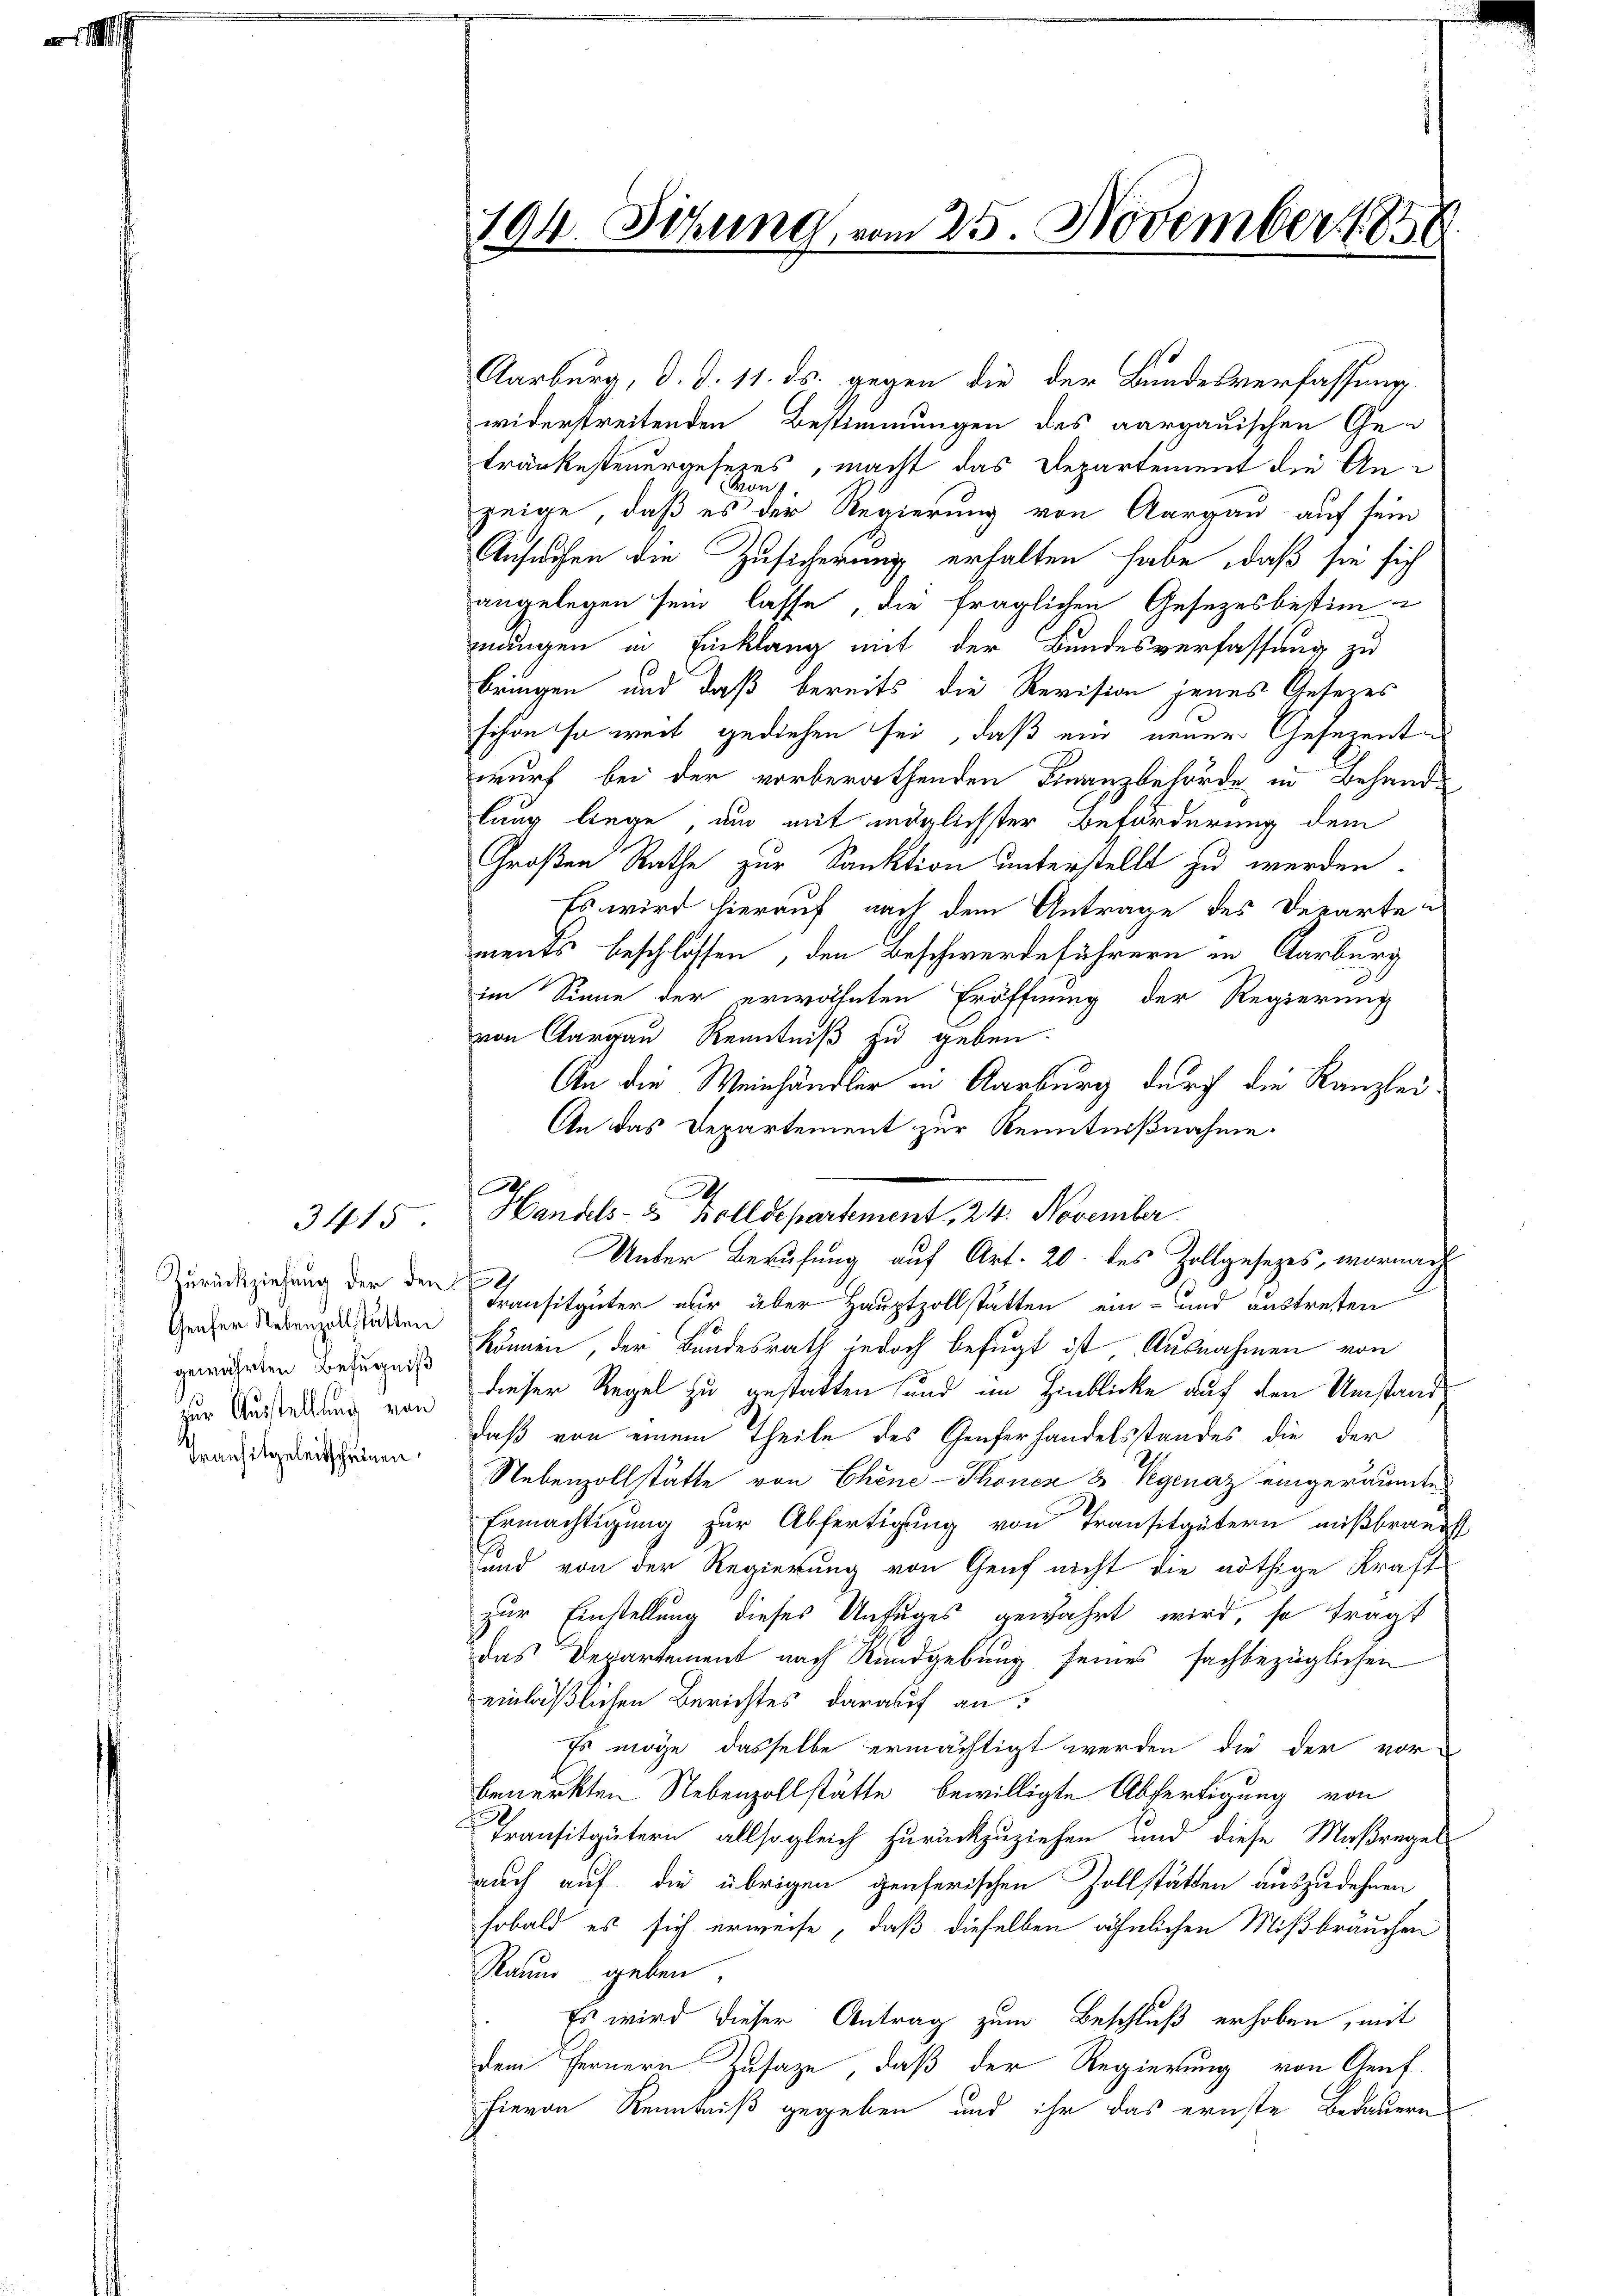
3415.

Zurückziehung der den 19.
Genfer Nebenzollstatten
gewährten Befugniß
zur Ausstellung von
Transitzeleitscheinen,

104. Sitzung, vom 25. November 1858

Aarburg, d. d. 11. ds. gegen die der Bundesverfassung
widerstreitenden Bestimmungen des aargauischen Getränkesteuergeseres, macht das Departement die An¬
Mont
zeige, daß es der Regierung von Aargau auf sein
Ansuchen die Zusicherung erhalten habe, daß sie sich
angelegen sein lasse, die fraglichen Gesetzesbestim-
mungen in Einklang mit der Bundesverfassung zu
bringen und daß bereits die Revision jenes Gesezes
schon so weit gediehen sei, daß ein neuer Gesezenten
wurf bei der vorberathenden Finanzbehörde in Behandlang liege, um mit möglichster Beförderung dem
Großen Rathe zur Sanktion unterstellt zu werden.
Es wird hierauf nach dem Antrage des Departen
ments beschlossen, den Beschwerdeführern in Aarburg
im Sinne der erwähnten Eröffnung der Regierung
von Aargau Kenntniß zu geben.
An die Weinhändler in Aarburg durch die Kanzlei-
An das Departement zur Kenntnißnahme.
Unter Berufung auf Art. 20. des Zollgesetzes, wornach
Transitgüter nur über Hauptzollstatten ein- und austreten
können, der Bundesrath jedoch befugt ist, Ausnahmen von
dieser Regel zu gestatten und im Hinblicke auf den Umstand,
daß von einem Theile des Genferhandelsstandes die der
Nebenzollstätte von Chene-Schönen & Vegenaz eingeräumte
Ermächtigung zur Abfertigung von Transitgütern mißbrandst
und von der Regierung von Genf nicht die nöthige Kraft
zur Einstellung dieses Unfuges gewährt wird, so fragt
das Departement nach Rundgebung seines fachbezüglichen
einläßlichen Berichtes darauf an:
Es möge, dasselbe ermächtigt werden, die der vor-
bemerkten Nebenzollstätte bewilligte Abfertigung von
Transitgütern allsogleich zurückzuziehen und diese Maßregel
auch auf die übrigen genferischen Zollstätten auszudehnen
sobald es sich erweise, daß dieselben ähnlichen Mißbräuchen
Raŭm geben.
 Es wird dieser Antrag zum Beschluß erhoben, mit
dem Fernern Zusage, daß der Regierung von Genf
hievon Kenntniß gegeben und ihr das ernste Bedauern

Ja

A
Handels- & volldepartement, 24. November